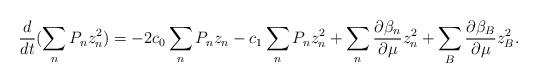
LaTeX: \begin{align*}\frac{d}{dt}(\sum_nP_n z^2_n) = -2 c_0 \sum_n P_n z_n - c_1 \sum_nP_nz^2_n + \sum_n \frac{\partial \beta_n}{\partial \mu}z_n^2 + \sum_B\frac{\partial \beta_B}{\partial \mu} z_B^2.\end{align*}